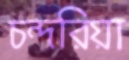
চন্দরিয়া